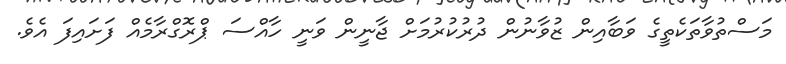
މަސްތުވާތަކެތީގެ ވަބާއިން ޒުވާނުން ދުރުކުރުމަށް ޖާނީން ވަނީ ހާއްސަ ޕްރޮގްރާމެއް ފަށައިފަ އެވެ.